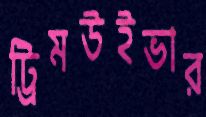
ট্রিমউইভার